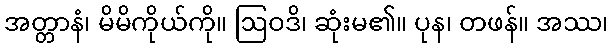
အတ္တာနံ၊ မိမိကိုယ်ကို။ ဩဝဒိ၊ ဆုံးမ၏။ ပုန၊ တဖန်။ အဿ၊